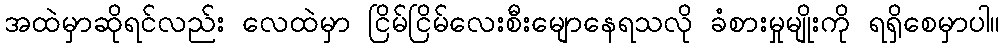
အထဲမှာဆိုရင်လည်း လေထဲမှာ ငြိမ်ငြိမ်လေးစီးမျောနေရသလို ခံစားမှုမျိုးကို ရရှိစေမှာပါ။